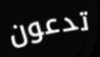
تدعون